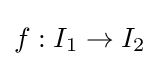
f:I_{1}\to I_{2}